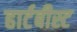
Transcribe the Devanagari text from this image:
हार्टबीस्ट